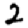
Digit: 2